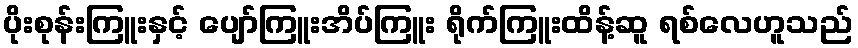
ပိုးစုန်းကြူးနှင့် ပျော်ကြူးအိပ်ကြူး ရိုက်ကြူးထိန့်ဆူ ရစ်လေဟူသည်